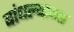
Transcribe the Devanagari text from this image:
बांधल्याच्या